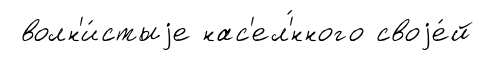
волн'и́стыjе нас'ел'́нного своjе́й